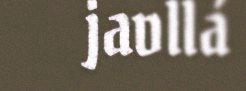
javllá